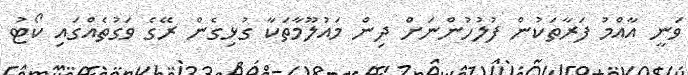
ވަނީ އާއްމު ފަރާތަކުން ފުލުހުންނަށް ދިން މައުލޫމާތަކާ ގުޅިގެން ރޭގެ ވަގުތެއްގައި ކޯޓު